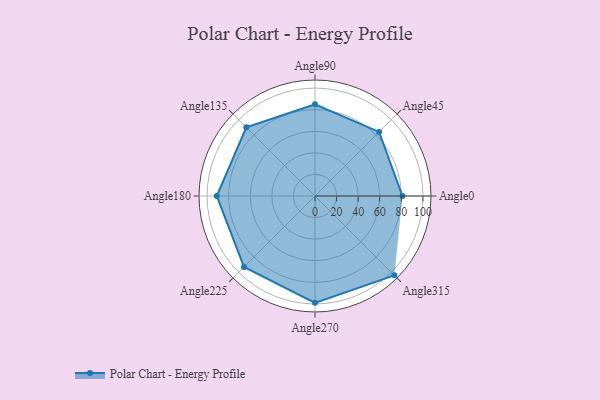
{"axis": {"x": "Angle", "y": "Radius"}, "legend": [""], "data": [{"x": "Angle0", "y": 81.0, "type": ""}, {"x": "Angle45", "y": 84.0, "type": ""}, {"x": "Angle90", "y": 85.0, "type": ""}, {"x": "Angle135", "y": 90.0, "type": ""}, {"x": "Angle180", "y": 91.0, "type": ""}, {"x": "Angle225", "y": 93.0, "type": ""}, {"x": "Angle270", "y": 99.0, "type": ""}, {"x": "Angle315", "y": 104.0, "type": ""}]}